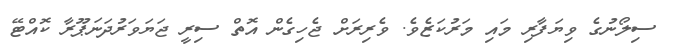
ސިލޯނުގެ ވިޔަފާރި މައި މަރުކަޒެވެ. ވެރިރަށް ޖެހިގެން އޮތް ސިރީ ޖަޔަވަރުދަނަޕޫރާ ކޮއްޓޭ